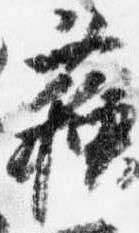
蘇